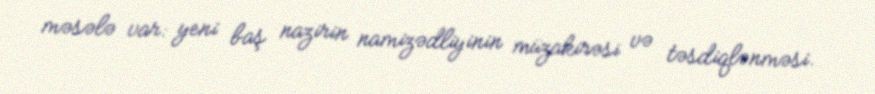
məsələ var: yeni baş nazirin namizədliyinin müzakirəsi və təsdiqlənməsi.